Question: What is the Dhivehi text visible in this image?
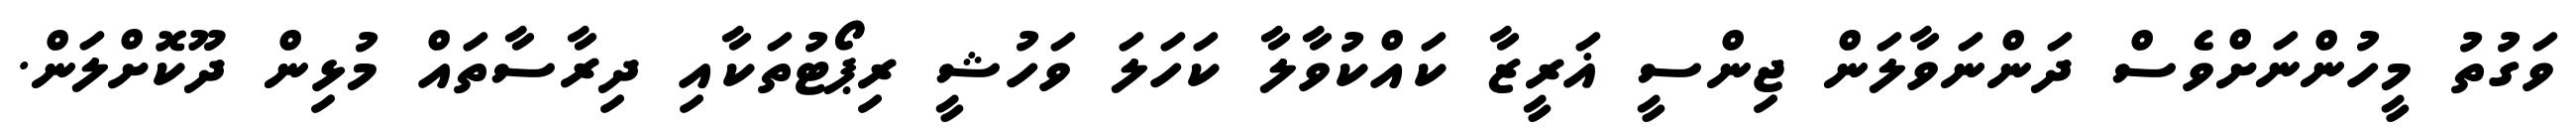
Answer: ވަގުތު މީހުންނަށްވެސް ދަންނަވާލަން ޖިންސީ ޣަރީޒާ ކައްކުވާލާ ކަހަލަ ވަހުޝީ ރިޕޯޓުތަކާއި ދިރާސާތައް މުޅިން ދޫކޮށްލަން.